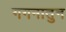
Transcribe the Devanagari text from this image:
गगनातुन